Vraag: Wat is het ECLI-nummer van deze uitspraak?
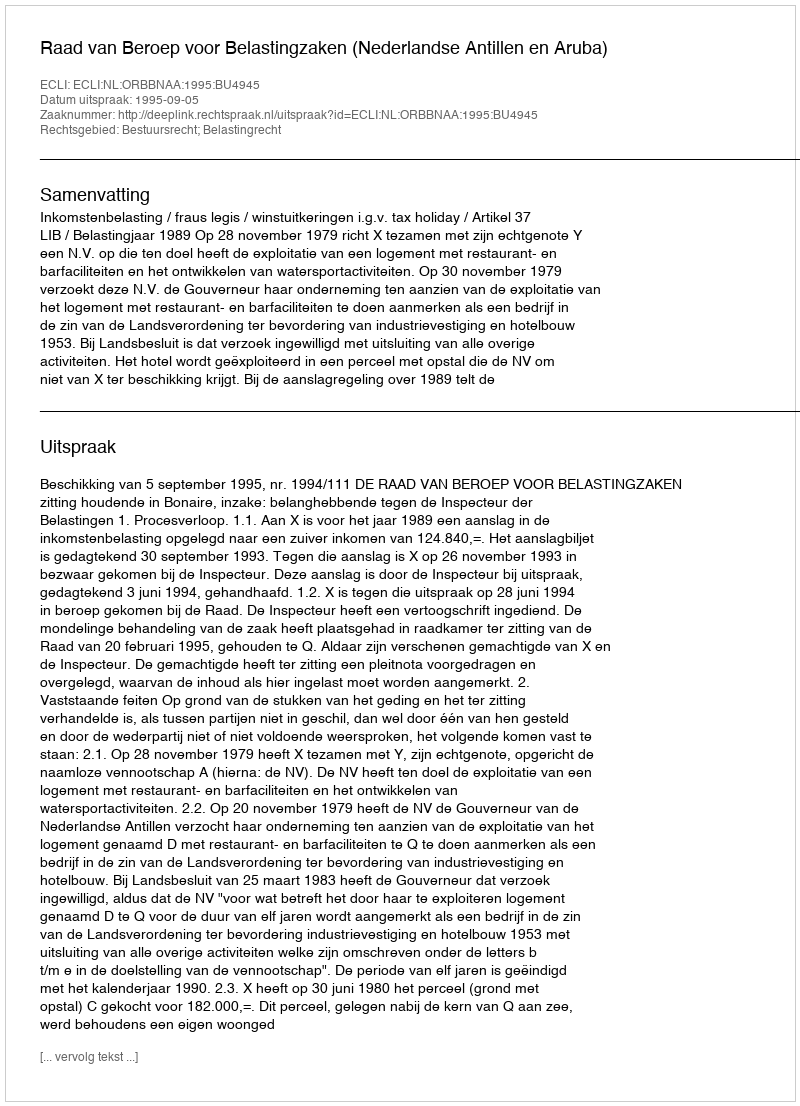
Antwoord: ECLI:NL:ORBBNAA:1995:BU4945